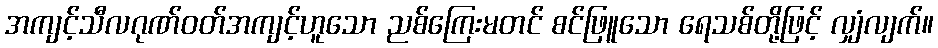
အကျင့်သီလဂုဏ်ဝတ်အကျင့်ဟူသော ညစ်ကြေးမတင် စင်ဖြူသော ရေသစ်တို့ဖြင့် လျှံလျက်။